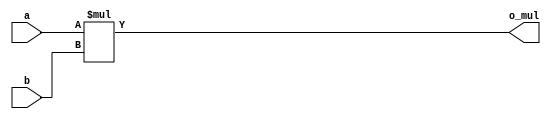
module mul(a,b,o_mul);

input [15:0] a, b;
output [15:0] o_mul;
assign o_mul = a * b;

endmodule